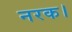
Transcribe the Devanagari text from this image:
नरक।